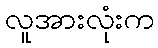
လူအားလုံးက